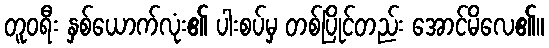
တူဝရီး နှစ်ယောက်လုံး၏ ပါးစပ်မှ တစ်ပြိုင်တည်း အောင်မိလေ၏။